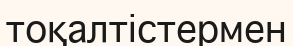
тоқалтістермен